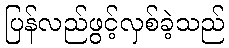
ပြန်လည်ဖွင့်လှစ်ခဲ့သည်